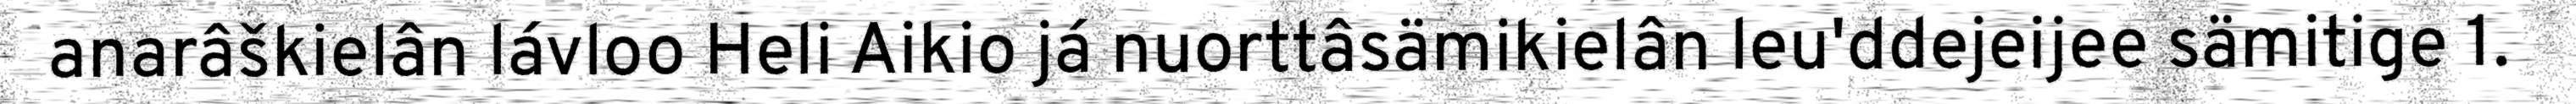
anarâškielân lávloo Heli Aikio já nuorttâsämikielân leu'ddejeijee sämitige 1.